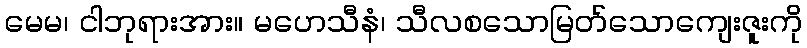
မေမ၊ ငါဘုရားအား။ မဟေသီနံ၊ သီလစသောမြတ်သောကျေးဇူးကို